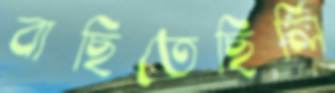
বাছিতেছিলি